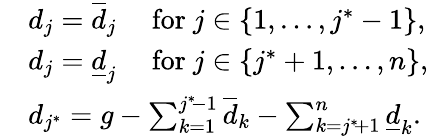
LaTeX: \begin{array}{rl}&{d_{j}=\overline{{d}}_{j}\quad\mathrm{~for~}j\in\{ 1,\dots,j^{*}-1\} ,}\\ &{d_{j}=\underline{{d}}_{j}\quad\mathrm{~for~}j\in\{ j^{*}+1,\dots,n\} ,}\\ &{d_{j^{*}}=g-\sum_{k=1}^{j^{*}\! -1}\overline{{d}}_{k}-\sum_{k=j^{*}\! +1}^{n}\underline{{d}}_{k}.}\end{array}